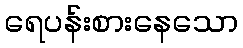
ရေပန်းစားနေသော